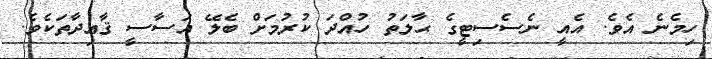
ހިމެނެ އެވެ. އެއީ ނެސެސިޓީގެ ޙާލަތު ހުއްދަ ކުރުމަށް ބެލޭ އަސާސީ ޤާޢިދާތަކެވެ.